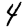
Digit: 4